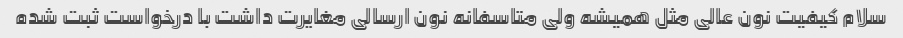
سلام کیفیت نون عالی مثل همیشه ولی متاسفانه نون ارسالی مغایرت داشت با درخواست ثبت شده